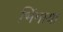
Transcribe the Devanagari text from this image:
भिंगाया